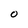
Character: O